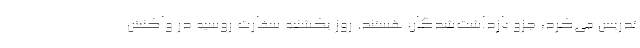
تدریس می‌کرد، جزو بازداشت‌شدگان هستند. روز یکشنبه سفارت روسیه در واکنش